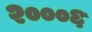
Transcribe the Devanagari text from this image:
२०००६